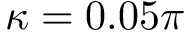
\kappa = 0 . 0 5 \pi